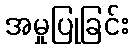
အမှုပြုခြင်း